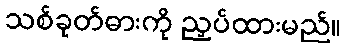
သစ်ခုတ်ဓားကို ညှပ်ထားမည်။